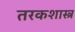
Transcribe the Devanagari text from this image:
तरकशास्त्र